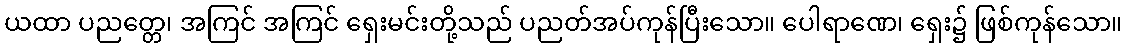
ယထာ ပညတ္တေ၊ အကြင် အကြင် ရှေးမင်းတို့သည် ပညတ်အပ်ကုန်ပြီးသော။ ပေါရာဏေ၊ ရှေး၌ ဖြစ်ကုန်သော။